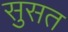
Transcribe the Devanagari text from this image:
सुसत